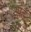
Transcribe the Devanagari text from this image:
आर्डॅ